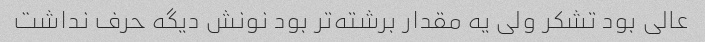
عالی بود تشکر ولی یه مقدار برشته‌تر بود نونش دیگه حرف نداشت